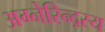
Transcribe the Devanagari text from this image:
अग्नेरिन्द्रस्य